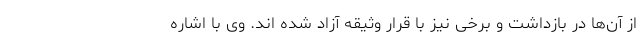
از آن‌ها در بازداشت و برخی نیز با قرار وثیقه آزاد شده اند. وی با اشاره